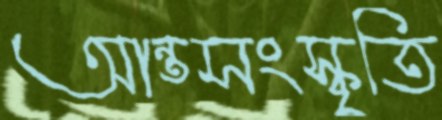
আন্তসংস্কৃতি